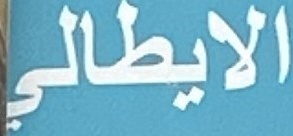
الایطالي